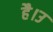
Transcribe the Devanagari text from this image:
है।उ